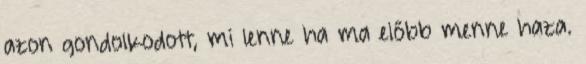
azon gondolkodott, mi lenne ha ma előbb menne haza.